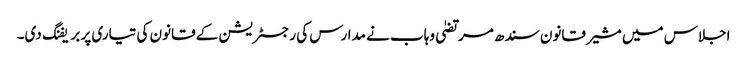
اجلاس میں مشیر قانون سندھ مرتضیٰ وہاب نے مدارس کی رجسٹریشن کے قانون کی تیاری پر بریفنگ دی۔